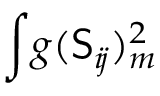
\int \! g ( \mathsf { S } _ { i \! j } ) _ { m } ^ { 2 }